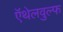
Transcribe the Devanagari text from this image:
ऍथेलवुल्फ